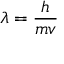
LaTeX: \lambda = { \frac { h } { m v } }